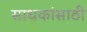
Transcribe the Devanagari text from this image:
साधकांसाठी